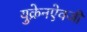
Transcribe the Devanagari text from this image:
युक्रेनऐवजी